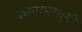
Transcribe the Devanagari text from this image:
कानामागुनी